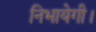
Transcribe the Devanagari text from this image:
निभायेगी।